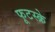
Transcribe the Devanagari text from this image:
फूटस्क्रे